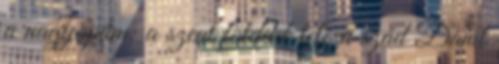
a nagyapám: a szent földdel tele a szád Danit